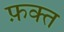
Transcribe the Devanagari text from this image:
फ़क्‍त